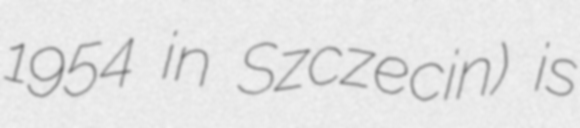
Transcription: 1954 in Szczecin) is